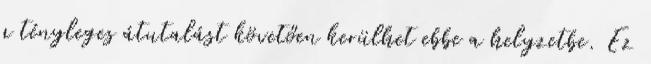
a tényleges átutalást követően kerülhet ebbe a helyzetbe. Ez